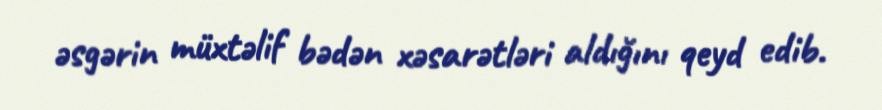
əsgərin müxtəlif bədən xəsarətləri aldığını qeyd edib.